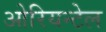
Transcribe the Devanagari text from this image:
ओरियन्टेल